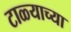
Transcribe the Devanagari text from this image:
टाळ्याच्या